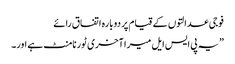
فوجی عدالتوں کے قیام پر دوبارہ اتفاق رائے
”یہ پی ایس ایل میرا آخری ٹورنامنٹ ہے اور۔